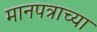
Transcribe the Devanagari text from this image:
मानपत्राच्या